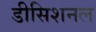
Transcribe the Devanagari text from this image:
डीसिशनल